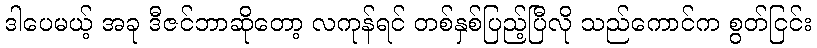
ဒါပေမယ့် အခု ဒီဇင်ဘာဆိုတော့ လကုန်ရင် တစ်နှစ်ပြည့်ပြီလို သည်ကောင်က စွတ်ငြင်း